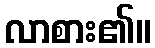
လာစား၏။